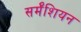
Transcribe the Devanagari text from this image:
सर्मॅशियन